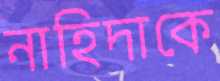
নাহিদাকে